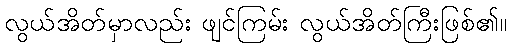
လွယ်အိတ်မှာလည်း ဖျင်ကြမ်း လွယ်အိတ်ကြီးဖြစ်၏။